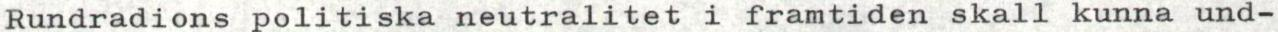
Rundradions politiska neutralitet i framtiden skall kunna und-